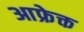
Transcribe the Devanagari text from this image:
आफ्रेक्त